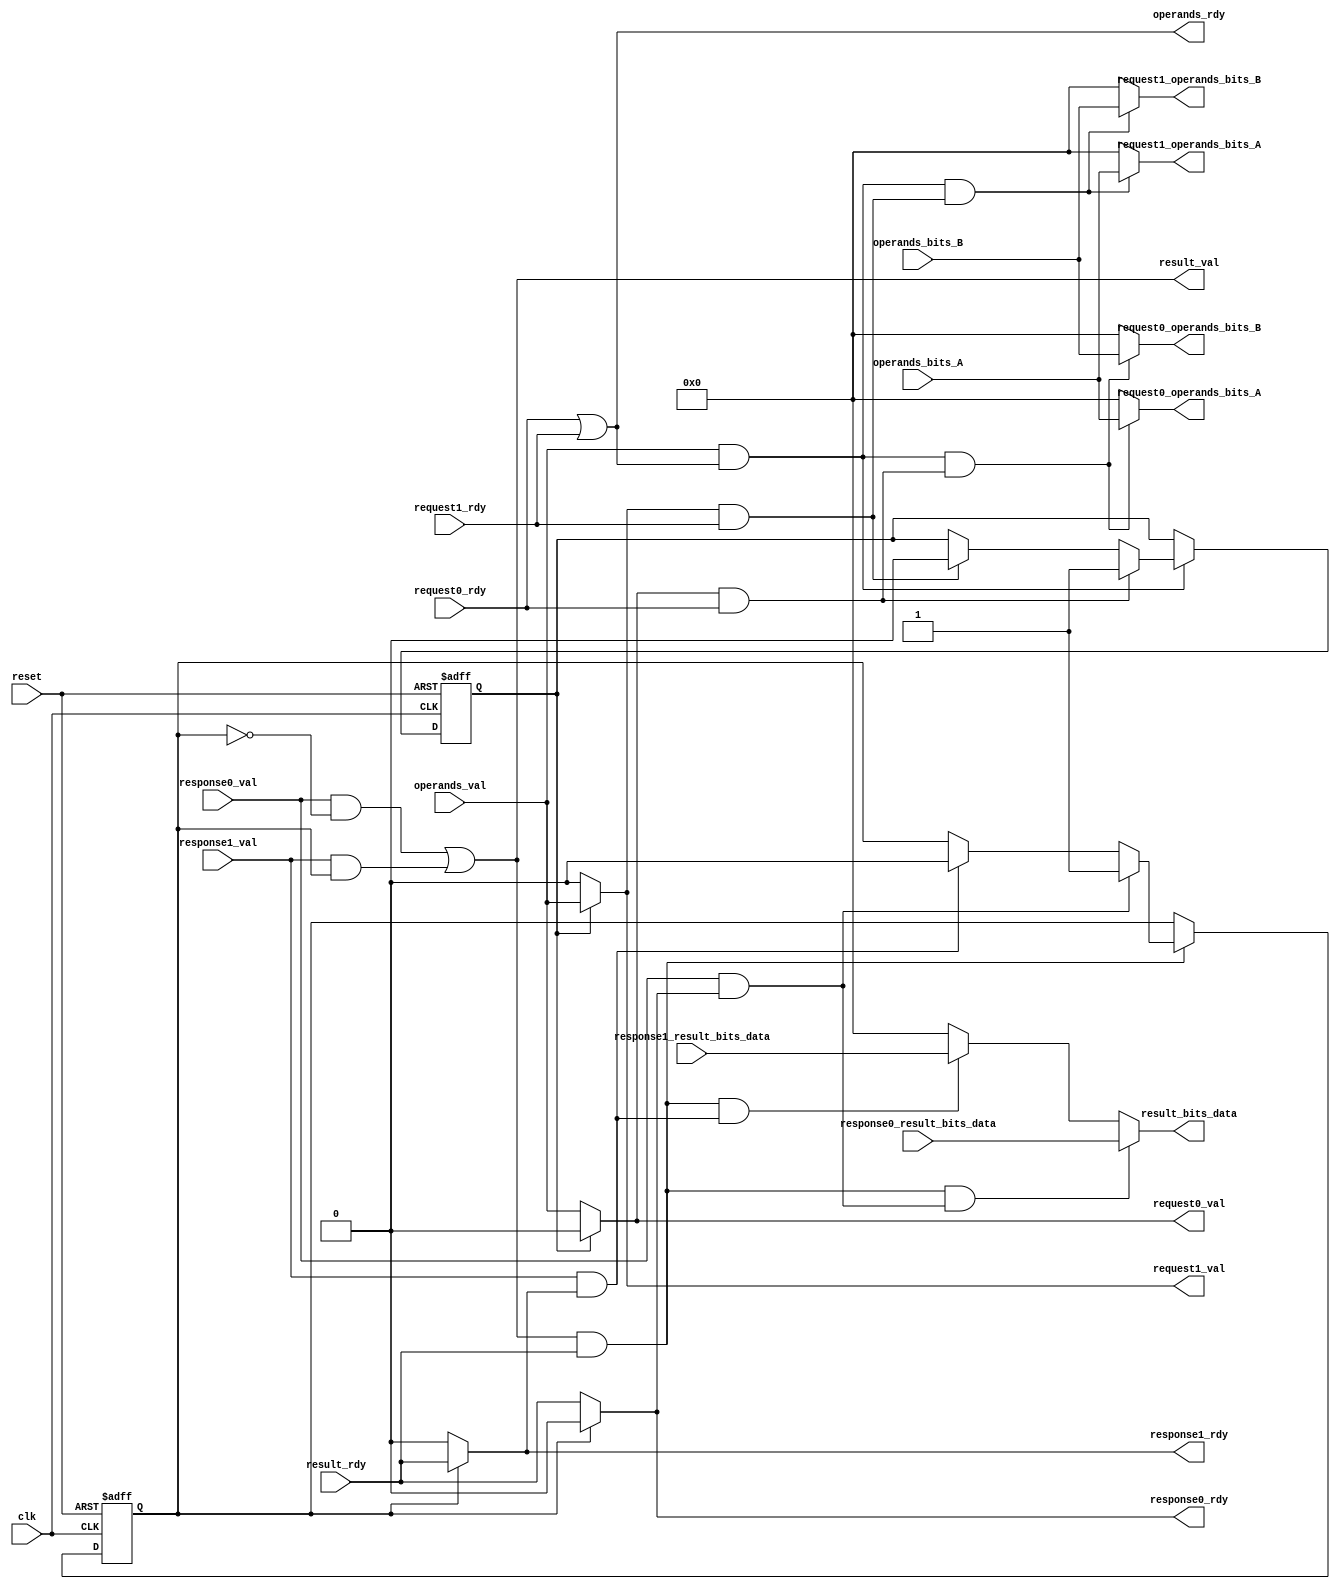
module gcd_arbiter #(parameter W = 32) (
  input clk,
  input reset,

  // this will be connected to the input FIFO
  input operands_val,
  input [W-1:0] operands_bits_A,
  input [W-1:0] operands_bits_B,
  output operands_rdy,

  output request0_val,
  output [W-1:0] request0_operands_bits_A,
  output [W-1:0] request0_operands_bits_B,
  input request0_rdy,

  output request1_val,
  output [W-1:0] request1_operands_bits_A,
  output [W-1:0] request1_operands_bits_B,
  input request1_rdy,

  // This will be connected to the output FIFO
  output result_val,
  output [W-1:0] result_bits_data,
  input result_rdy,

  input response0_val,
  input [W-1:0] response0_result_bits_data,
  output response0_rdy,

  input response1_val,
  input [W-1:0] response1_result_bits_data,
  output response1_rdy
);

// Keep track of which GCD unit you will enqueue to next
reg request = 0;
// Keep track of which GCD unit you will dequeue from next
reg response = 0;
// Define our "fire" wires
wire operands_fire, request0_fire, request1_fire, result_fire, response0_fire, response1_fire;

// Wires and assignments go here
// Hint: Most of your code will be assignments
assign operands_fire = operands_val & operands_rdy;
assign request0_fire = request0_val & request0_rdy;
assign request1_fire = request1_val & request1_rdy;
assign result_fire = result_val & result_rdy;
assign response0_fire = response0_val & response0_rdy;
assign response1_fire = response1_val & response1_rdy;

assign operands_rdy = request0_rdy | request1_rdy;
assign request0_val = (!request) ? operands_val : 0;
assign request1_val = ( request) ? operands_val : 0;

assign result_val = (response0_val & (!response)) | (response1_val & response);
assign response0_rdy = (!response) ? result_rdy : 0;
assign response1_rdy = ( response) ? result_rdy : 0;

assign request0_operands_bits_A = (operands_fire & request0_fire) ? operands_bits_A : 0;
assign request0_operands_bits_B = (operands_fire & request0_fire) ? operands_bits_B : 0;
assign request1_operands_bits_A = (operands_fire & request1_fire) ? operands_bits_A : 0;
assign request1_operands_bits_B = (operands_fire & request1_fire) ? operands_bits_B : 0;
assign result_bits_data = (result_fire & response0_fire) ? response0_result_bits_data 
                        : (result_fire & response1_fire) ? response1_result_bits_data : 0;
// Sequential logic goes here
// Be sure to implement reset! Look at fifo.v for an example
always@(posedge clk or posedge reset)begin
    if(reset)begin
        request <= 0;
    end
    else if(operands_fire)begin
        if(request0_fire)begin
            request <= 1;
        end
        else if(request1_fire)begin
            request <= 0;
        end
    end
end
always@(posedge clk or posedge reset)begin
    if(reset)begin
        response <= 0;
    end
    else if(result_fire)begin
        if(response0_fire)begin
            response <= 1;
        end
        else if(response1_fire)begin
            response <= 0;
        end
    end
end
endmodule